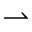
\rightharpoonup